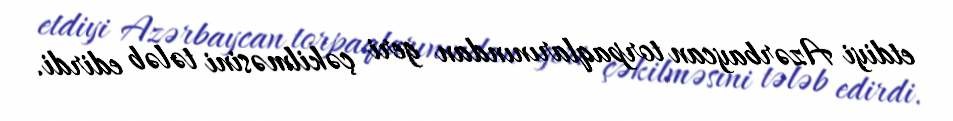
etdiyi Azərbaycan torpaqlarınından geri çəkilməsini tələb edirdi.